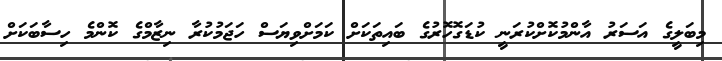
މިބަލީގެ އަސަރު އާންމުކޮށްކުރަނީ ކުޑަގޮހޮރުގެ ބައިތަކަށް ކަމަށްވިޔަސް ހަޖަމުކުރާ ނިޒާމްގެ ކޮންމެ ހިސާބަކަށް